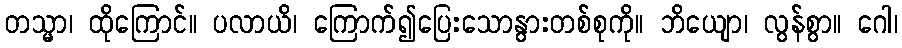
တသ္မာ၊ ထိုကြောင်။ ပလာယိ၊ ကြောက်၍ပြေးသောနွားတစ်စုကို။ ဘိယျော၊ လွန်စွာ။ ဂေါ၊